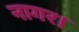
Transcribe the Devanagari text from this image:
नागर।